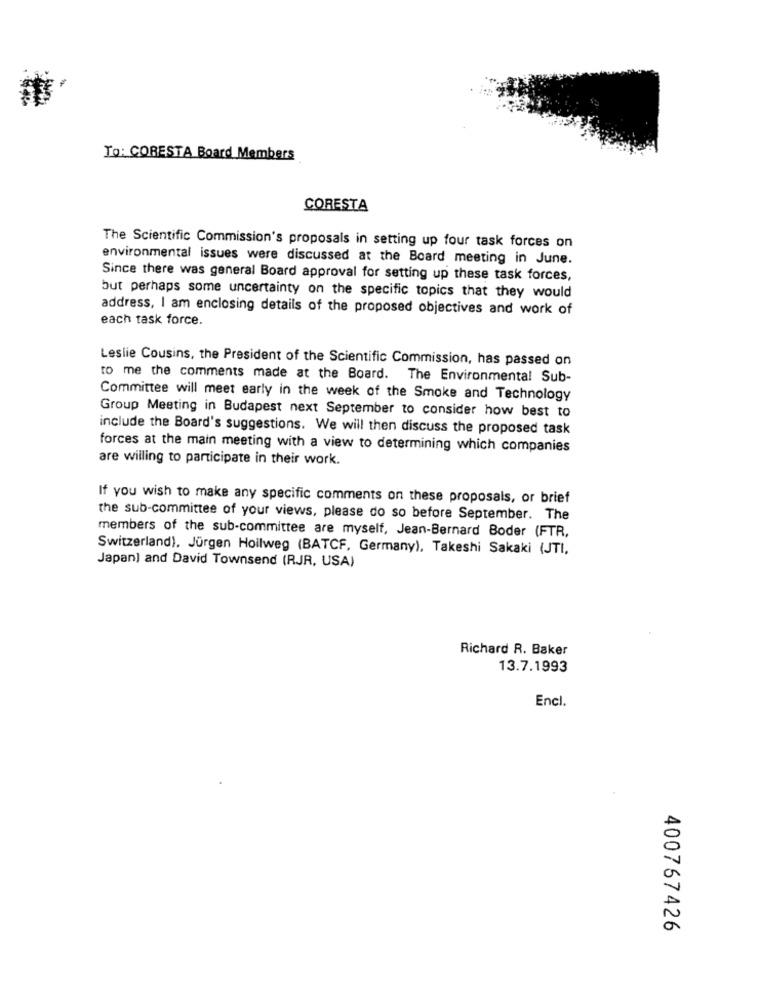
To: CORESTA Board Members
CORESTA
The Scientific Commission's proposals in setting up four task forces on
environmental issues were discussed at the Board meeting in June.
Since there was general Board approval for setting up these task forces,
but perhaps some uncertainty on the specific topics that they would
address, I am enclosing details of the proposed objectives and work of
each task force.
Leslie Cousins, the President of the Scientific Commission, has passed on
to me the comments made at the Board. The Environmental Sub-
Committee will meet early in the week of the Smoke and Technology
Group Meeting in Budapest next September to consider how best to
include the Board's suggestions. We will then discuss the proposed task
forces at the main meeting with a view to determining which companies
are willing to participate in their work.
If you wish to make any specific comments on these proposals, or brief
the sub-committee of your views, please do so before September. The
members of the sub-committee are myself, Jean-Bernard Boder (FTR.
Switzerland). Jürgen Hoilweg (BATCF, Germany), Takeshi Sakaki (JTI,
Japan) and David Townsend (RJR, USA)
Richard R. Baker
13.7.1993
Encl.
400767426